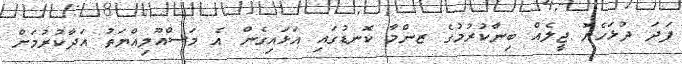
ފަދަ ދުޅަހެޔޮ ޖީލެއް ބިނާކުރުމުގެ ޒންމާ ކޮނޑުގައި އަޅައިގެން އެ މަސްއޫލިއްޔަތު އަދާކުރުމަށް